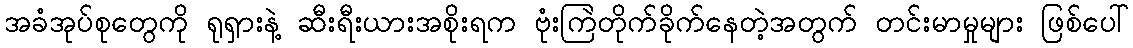
အခံအုပ်စုတွေကို ရုရှားနဲ့ ဆီးရီးယားအစိုးရက ဗုံးကြဲတိုက်ခိုက်နေတဲ့အတွက် တင်းမာမှုများ ဖြစ်ပေါ်